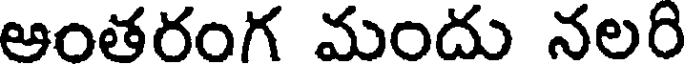
ఆంతరంగ మందు నలరి